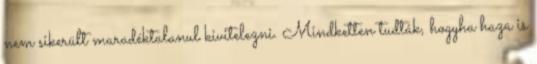
nem sikerült maradéktalanul kivitelezni. Mindketten tudták, hogyha haza is